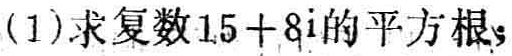
(1)求复数\(15 + 8\mathrm{i}\)的平方根；